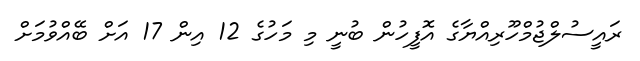
ރައީސުލްޖުމްހޫރިއްޔާގެ އޮފީހުން ބުނީ މި މަހުގެ 12 އިން 17 އަށް ބޭއްވުމަށް